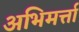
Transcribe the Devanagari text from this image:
अभिमर्त्ता